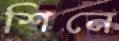
শিনে